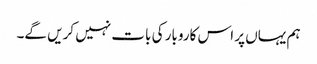
ہم یہاں پر اس کاروبار کی بات نہیں کریں گے۔